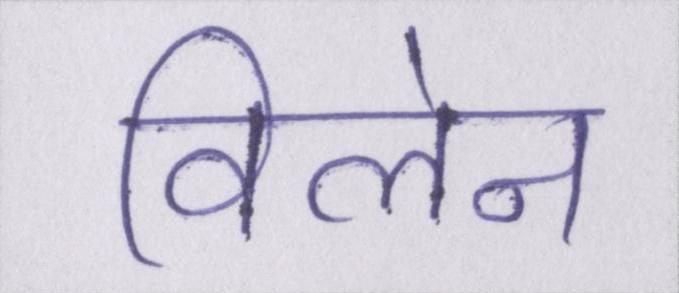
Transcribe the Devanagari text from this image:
विलेन